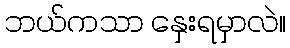
ဘယ်ကသာ နှေးရမှာလဲ။